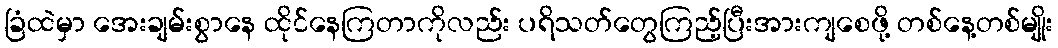
ခြံထဲမှာ အေးချမ်းစွာနေ ထိုင်နေကြတာကိုလည်း ပရိသတ်တွေကြည့်ပြီးအားကျစေဖို့ တစ်နေ့တစ်မျိုး